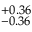
^ { + 0 . 3 6 } _ { - 0 . 3 6 }